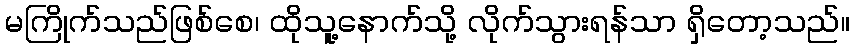
မကြိုက်သည်ဖြစ်စေ၊ ထိုသူ့နောက်သို့ လိုက်သွားရန်သာ ရှိတော့သည်။